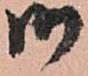
御